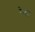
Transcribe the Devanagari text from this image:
रेप्का